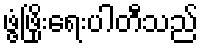
ဖွံ့ဖြိုးရေးပါတီသည်